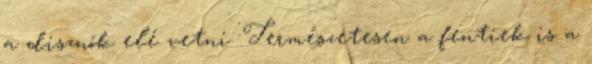
a disznók elé vetni. Természetesen a fentiek is a